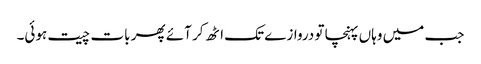
جب میں وہاں پہنچا تو دروازے تک اٹھ کر آئے پھر بات چیت ہوئی۔